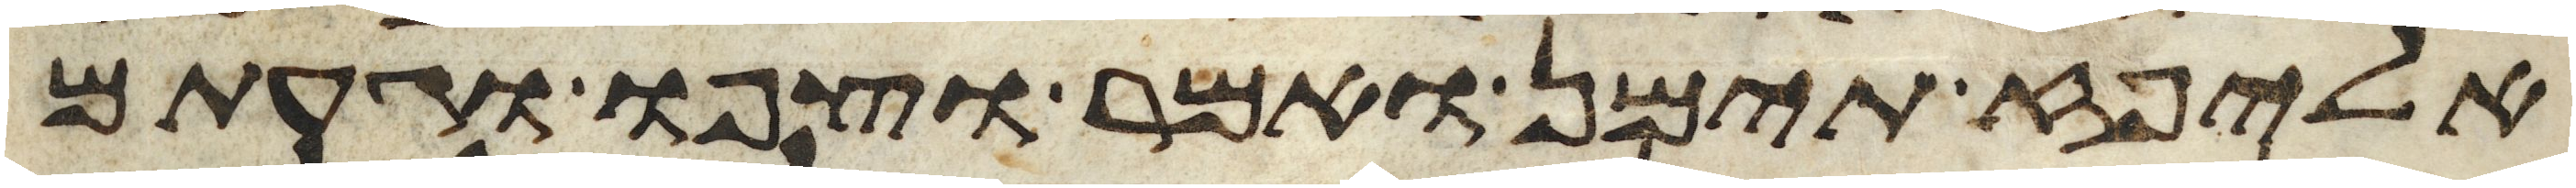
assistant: אליפז תימן ואמר וצפו וגעתם